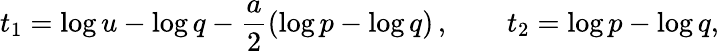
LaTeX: t_{1}=\log u-\log q-\frac{a}{2}(\log p-\log q)\, ,\qquad t_{2}=\log p-\log q,